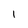
Character: 1